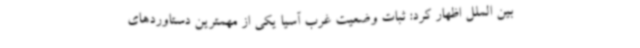
بین الملل اظهار کرد: ثبات وضعیت غرب آسیا یکی از مهمترین دستاوردهای